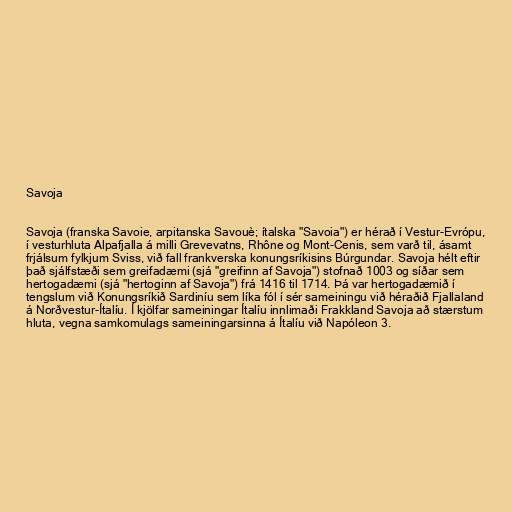
Savoja

Savoja (franska Savoie, arpitanska Savouè; ítalska "Savoia") er hérað í Vestur-Evrópu,
í vesturhluta Alpafjalla á milli Grevevatns, Rhône og Mont-Cenis, sem varð til, ásamt
frjálsum fylkjum Sviss, við fall frankverska konungsríkisins Búrgundar. Savoja hélt eftir
það sjálfstæði sem greifadæmi (sjá "greifinn af Savoja") stofnað 1003 og síðar sem
hertogadæmi (sjá "hertoginn af Savoja") frá 1416 til 1714. Þá var hertogadæmið í
tengslum við Konungsríkið Sardiníu sem líka fól í sér sameiningu við héraðið Fjallaland
á Norðvestur-Ítalíu. Í kjölfar sameiningar Ítalíu innlimaði Frakkland Savoja að stærstum
hluta, vegna samkomulags sameiningarsinna á Ítalíu við Napóleon 3.